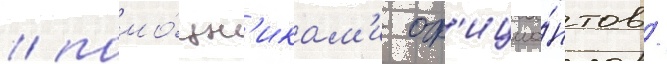
/ помо́щн'икам'и оф'ициа́нтов /